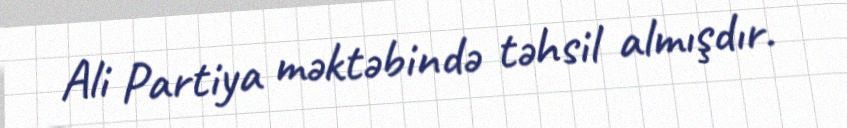
Ali Partiya məktəbində təhsil almışdır.